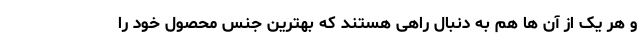
و هر یک از آن ها هم به دنبال راهی هستند که بهترین جنس محصول خود را